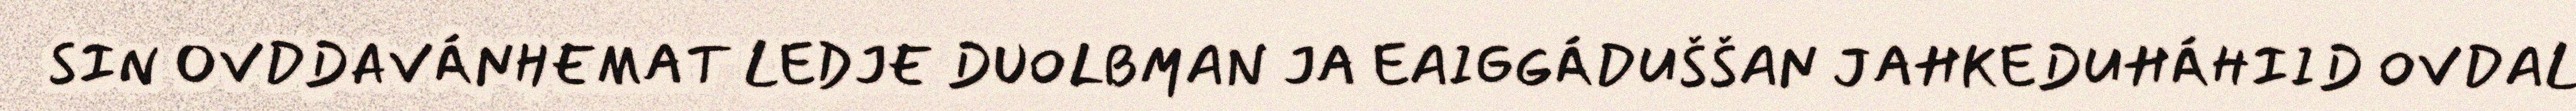
SIN OVDDAVÁNHEMAT LEDJE DUOLBMAN JA EAIGGÁDUŠŠAN JAHKEDUHÁHIID OVDAL